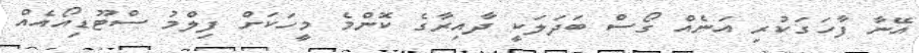
އޭނާ ފާހަގަކުރި އަނެއް ގޯސް ބަދަލަކީ ދާއިރާގެ ކޮންމެ މީހަކަށް ފިލްމު ސްޓޫޑިއޯއެއް